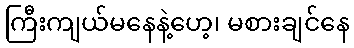
ကြီးကျယ်မနေနဲ့ဟေ့၊ မစားချင်နေ